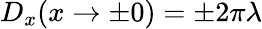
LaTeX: D_{x}(x\to\pm 0)=\pm 2\pi\lambda